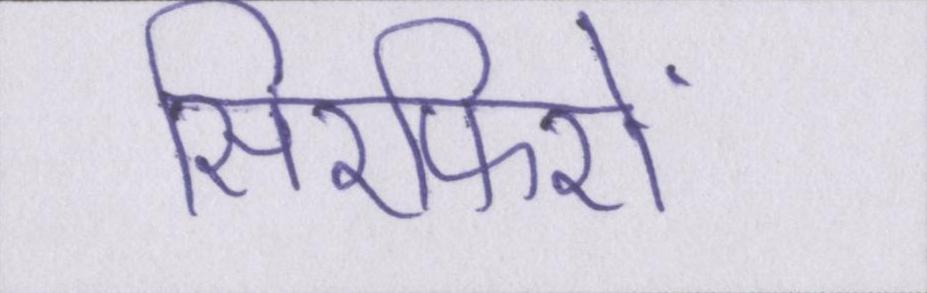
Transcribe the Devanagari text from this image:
सिरफिरों